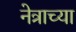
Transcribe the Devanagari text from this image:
नेत्राच्या